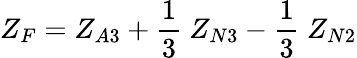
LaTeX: Z_{F}=Z_{A3}+{\frac{1}{3}}~Z_{N3}-{\frac{1}{3}}~Z_{N2}